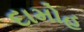
દામોહ